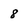
Character: 8